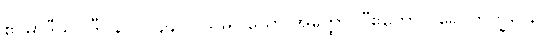
ဧဝမာဒီသု (ဒီ။ နိ။ ၁။၄၄၇) သမဝါယော အတ္ထော။ “ဧကောဝ ခေါ ဘိက္ခဝေ,